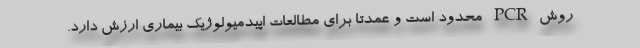
روش PCR محدود است و عمدتا برای مطالعات اپیدمیولوژیک بیماری ارزش دارد.